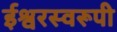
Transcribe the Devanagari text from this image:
ईश्वरस्वरूपी